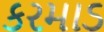
કરમાડ